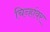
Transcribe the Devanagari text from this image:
चिन्हांवर